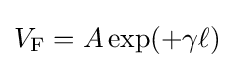
V_{\text{F}}=A\exp(+\gamma \ell )